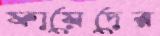
ফায়েদের